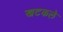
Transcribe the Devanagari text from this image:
खटकले